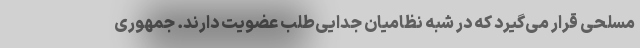
مسلحی قرار می‌گیرد که در شبه نظامیان جدایی‌طلب عضویت دارند. جمهوری